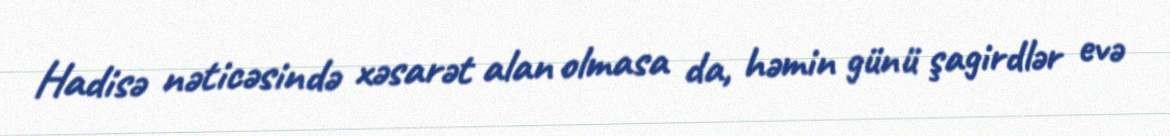
Hadisə nəticəsində xəsarət alan olmasa da, həmin günü şagirdlər evə